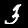
Label: 3